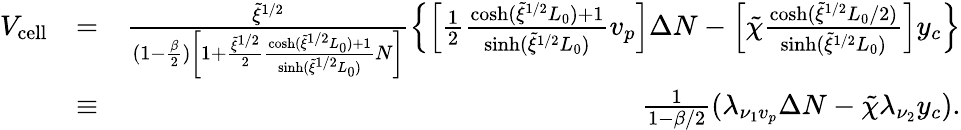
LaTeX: \begin{array}{rlr}{V_{\mathrm{cell}}}&{=}&{\frac{\tilde{\xi}^{1/2}}{(1-\frac{\beta}{2})\left[1+\frac{\tilde{\xi}^{1/2}}{2}\frac{\cosh(\tilde{\xi}^{1/2}L_{0})+1}{\sinh(\tilde{\xi}^{1/2}L_{0})}N\right]}\left\{ \left[\frac{1}{2}\frac{\cosh(\tilde{\xi}^{1/2}L_{0})+1}{\sinh(\tilde{\xi}^{1/2}L_{0})}v_{p}\right]\Delta N-\left[\tilde{\chi}\frac{\cosh(\tilde{\xi}^{1/2}L_{0}/2)}{\sinh(\tilde{\xi}^{1/2}L_{0})}\right]y_{c}\right\} }\\ &{\equiv}&{\frac{1}{1-\beta/2}(\lambda_{\nu_{1}v_{p}}\Delta N-\tilde{\chi}\lambda_{\nu_{2}}y_{c}).}\end{array}